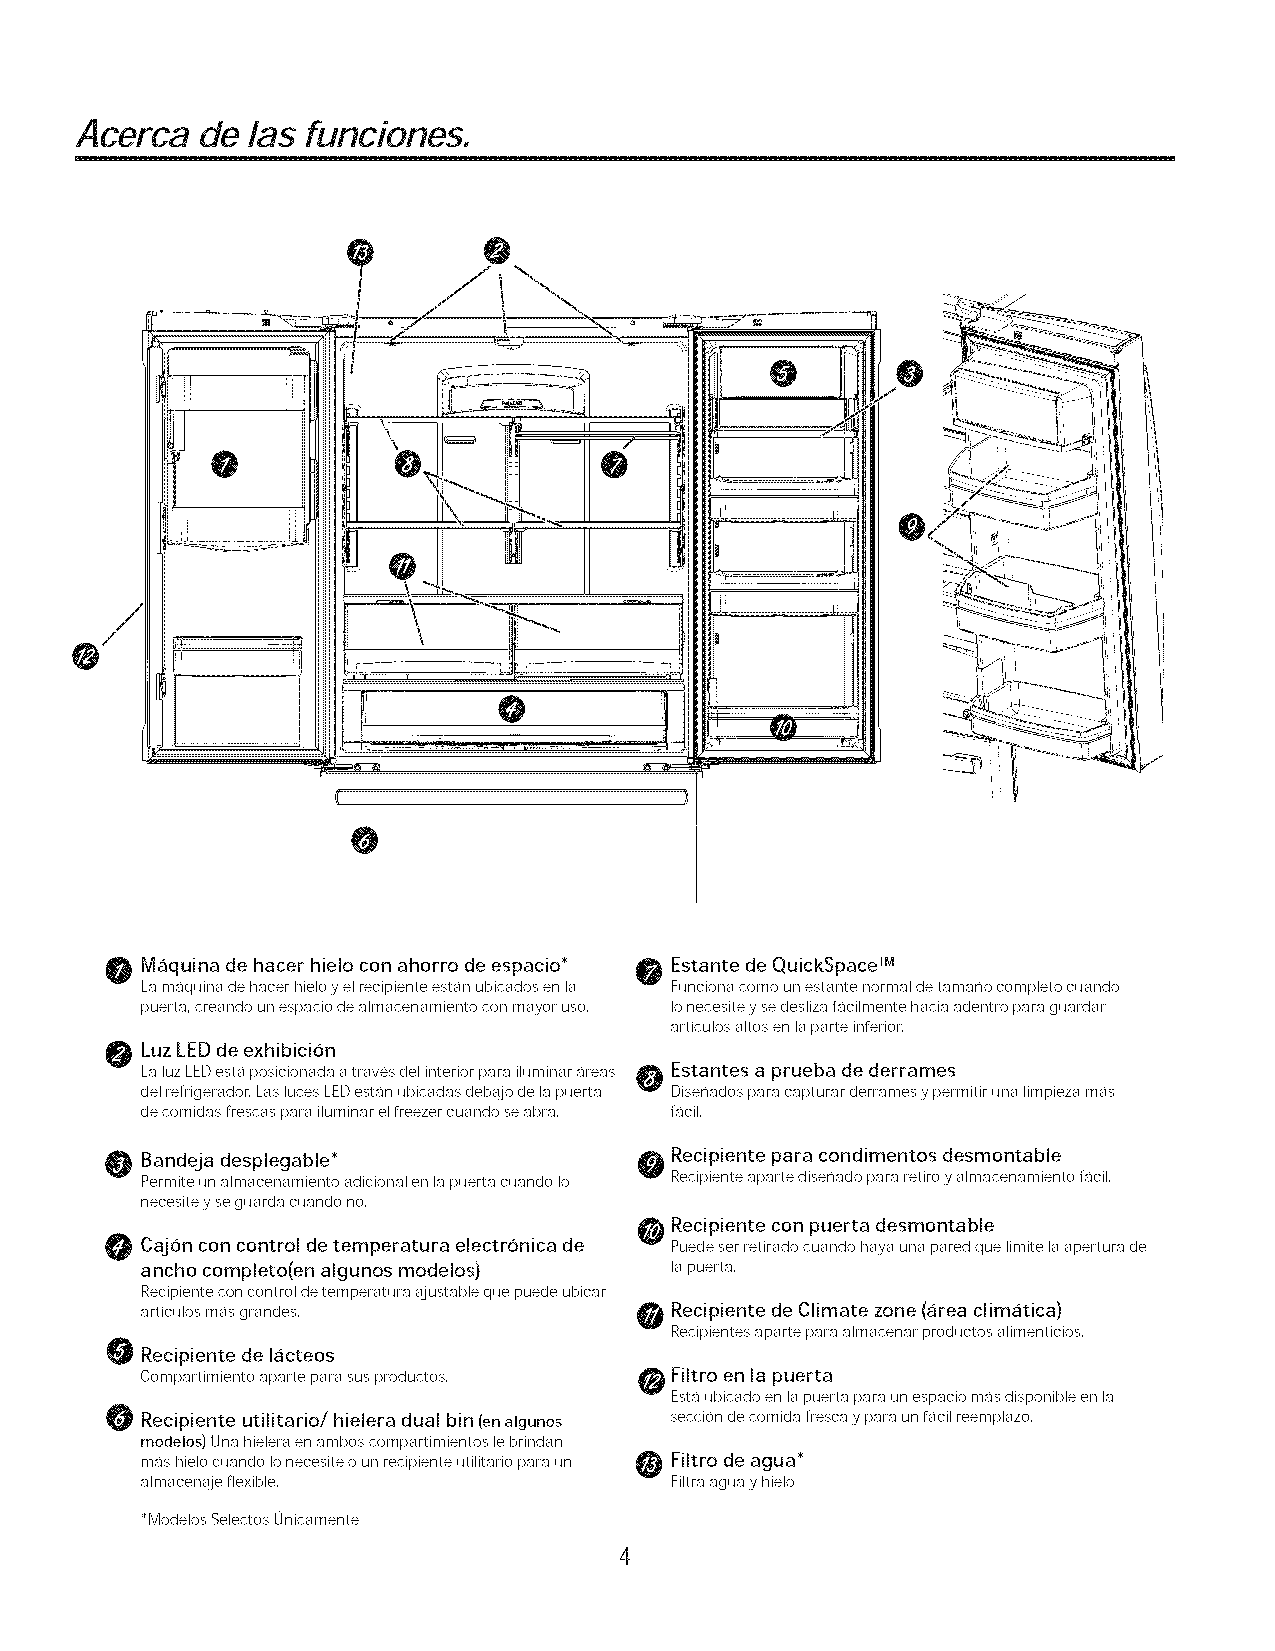
Acerca  de las funciones.
 0
 0                                  @
 Maquina de hacer hielo con ahorro de espacio* Estante de QuickSpace TM
 La maquina de hacer hielo yel recipiente est_n ubicados en la Funciona como un estante normal de tama¢lo completo cuando
 puerta, creando un espacio de almacenamiento con mayor uso, Ionecesite ysedesliza facilmente hacia adentro para guardar
 articulos altos en laparte inferior.
 @LuzLEDdeexhibicion
 La luz LEDesta posicionada atraves del interior para iluminar areas O Estantes a prueba de derrames
 del refrigerador. Las luces LEDest_n ubicadas debajo de la puerta Dise¢lados para capturar defames ypermitir una limpieza mas
 de comidas frescas para iluminar el freezer cuando seabra. facil.
 0 Bandeja desplegable*               Recipiente para condimentos desmontable
 Permite un almacenamiento adicional en la puerta cuando Io Recipiente aparte dise¢lado para retiro yalmacenamiento facil,
 necesite yse guarda cuando no.
 Recipiente con puerta desmontable
 O
 Cajon con control de temperatura electr6nica de Puede set retirado cuando haya una pared que limite la apertura de
 ancho completo(en algunos modelos} la puerta.
 Recipiente con control de temperatura ajustable que puede ubicar
 articulos mas grandes.             Recipiente de Climate zone (area clim_itica)
 Recipientes aparte para almacenar productos alimenticios.
 Recipiente de I_icteos
 Compartimiento aparte para sus productos. Filtro en la puerta
 Est_Jubicado en lapuerta para un espacio mas disponible en la
 Recipiente utilitario/hielera dual bin (enalgunos secciOn de comida fresca ypara un facil reemplazo.
 modelos) Una hielera en ambos compartimientos lebrindan
 mas hielo cuando Ionecesite oun recipiente utilitario para un _ Filtro de agua*
 almacenaje flexible,               Filtra agua y hielo
 *Modelos Selectos Onicamente